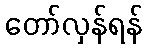
တော်လှန်ရန်